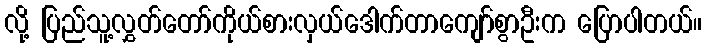
လို့ ပြည်သူ့လွှတ်တော်ကိုယ်စားလှယ်ဒေါက်တာကျော်စွာဦးက ပြောပါတယ်။